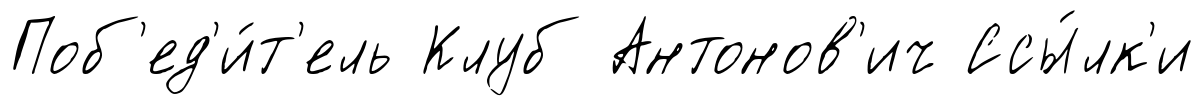
Поб'ед'и́т'ель Клуб Антонов'ич Ссы́лк'и